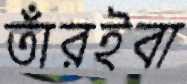
তাঁরইবা